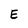
Character: E